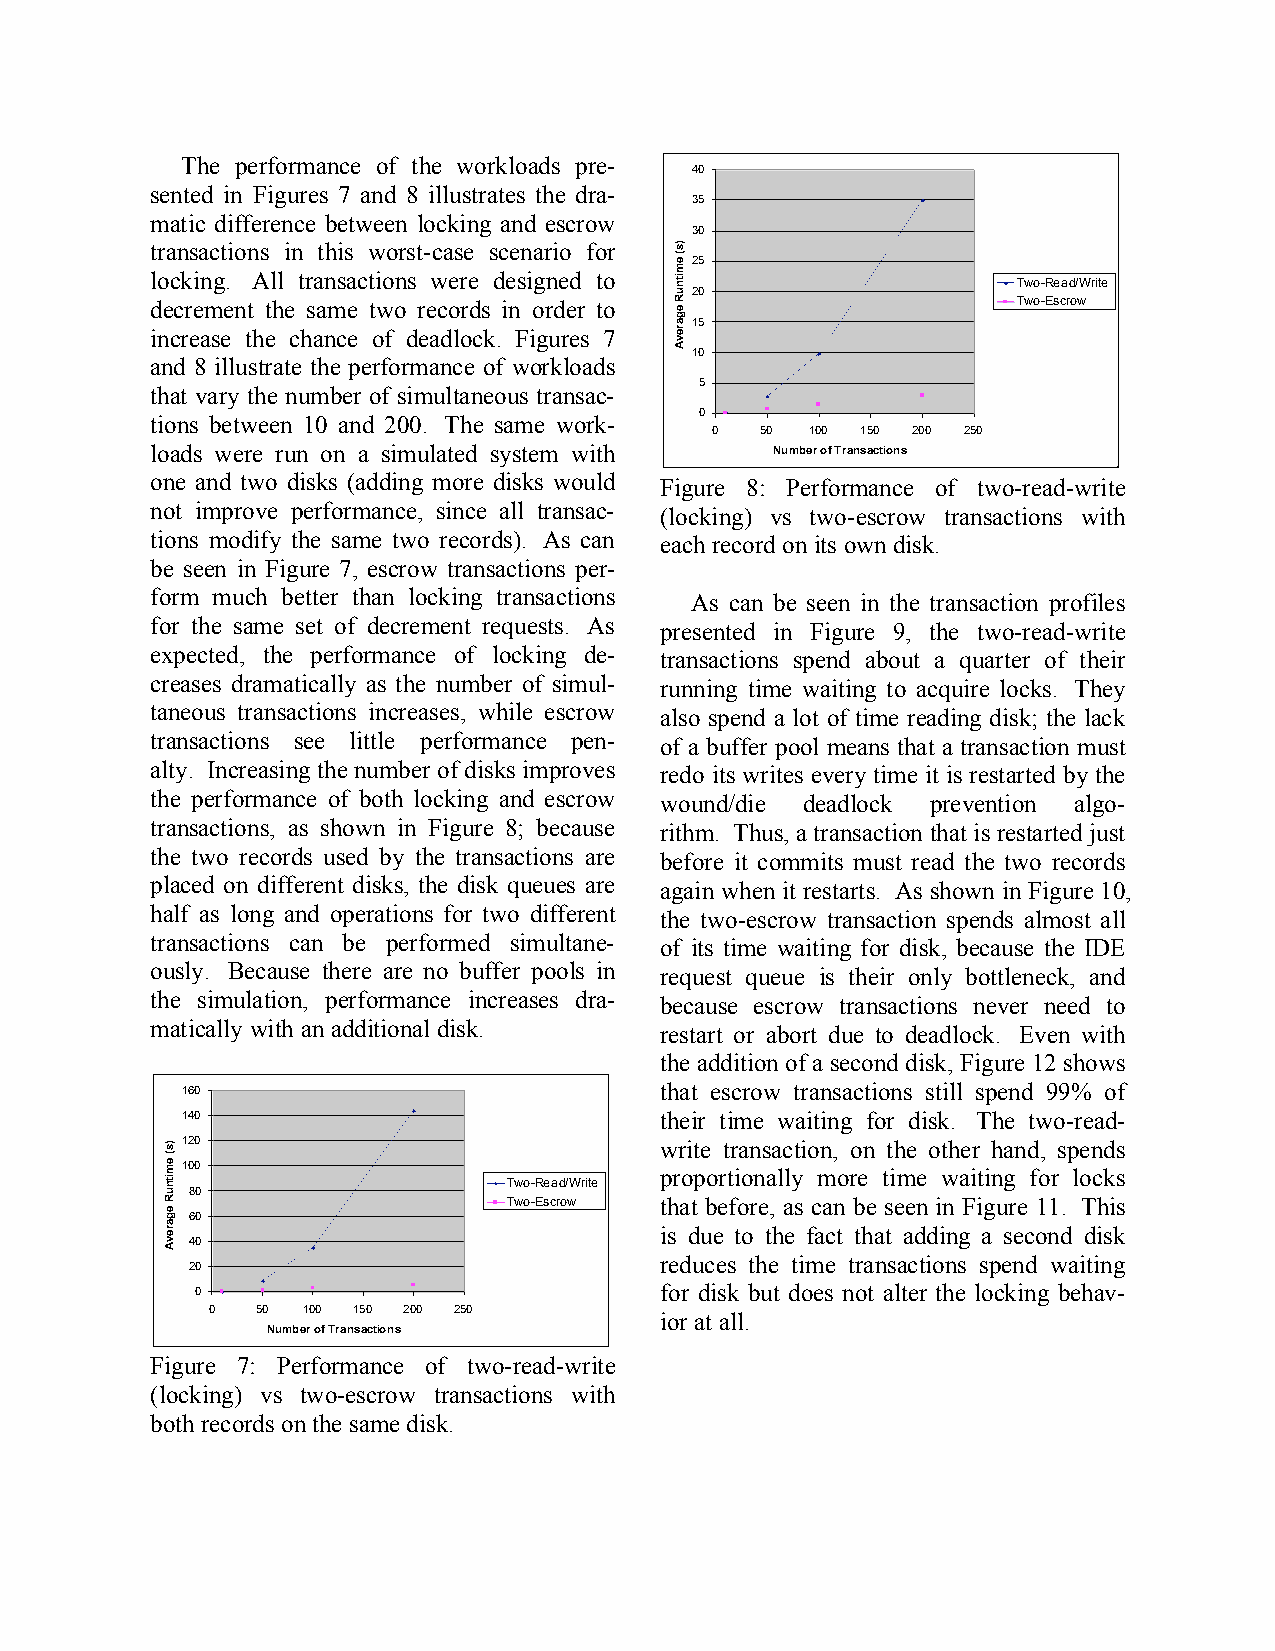
The performance of the workloads pre-
 40
 sented in Figures 7 and 8 illustrates the dra-
 35
 matic difference between locking and escrow
 30
 transactions in this worst-case scenario for
 25
 locking. All transactions were designed to
 Two-Read/Write
 20
 decrement the same two records in order to               Two-Escrow
 15
 increase the chance of deadlock. Figures 7
 10
 and 8 illustrate the performance of workloads
 5
 that vary the number of simultaneous transac-
 tions between 10 and 200. The same work- 0
 0  50  100 150 200 250
 loads were run on a simulated system with Number of Transactions
 one and two disks (adding more disks would Figure 8: Performance of two-read-write
 not improve performance, since all transac- (locking) vs two-escrow transactions with
 tions modify the same two records). As can each record on its own disk.
 be seen in Figure 7, escrow transactions per-
 form much better than locking transactions As can be seen in the transaction profiles
 for the same set of decrement requests. As presented in Figure 9, the two-read-write
 expected, the performance of locking de- transactions spend about a quarter of their
 creases dramatically as the number of simul- running time waiting to acquire locks. They
 taneous transactions increases, while escrow also spend a lot of time reading disk; the lack
 transactions see little performance pen- of a buffer pool means that a transaction must
 alty. Increasing the number of disks improves redo its writes every time it is restarted by the
 the performance of both locking and escrow wound/die deadlock prevention algo-
 transactions, as shown in Figure 8; because rithm. Thus, a transaction that is restarted just
 the two records used by the transactions are before it commits must read the two records
 placed on different disks, the disk queues are again when it restarts. As shown in Figure 10,
 half as long and operations for two different the two-escrow transaction spends almost all
 transactions can be performed simultane- of its time waiting for disk, because the IDE
 ously. Because there are no buffer pools in request queue is their only bottleneck, and
 the simulation, performance increases dra- because escrow transactions never need to
 matically with an additional disk. restart or abort due to deadlock. Even with
 the addition of a second disk, Figure 12 shows
 160                             that escrow transactions still spend 99% of
 140                             their time waiting for disk. The two-read-
 120                             write transaction, on the other hand, spends
 100                             proportionally more time waiting for locks
 Two-Read/Write
 80
 Two-Escrow that before, as can be seen in Figure 11. This
 60
 is due to the fact that adding a second disk
 40
 reduces the time transactions spend waiting
 20
 0                              for disk but does not alter the locking behav-
 0  50 100 150 200 250
 ior at all.
 Number of Transactions
 Figure 7: Performance of two-read-write
 (locking) vs two-escrow transactions with
 both records on the same disk.
 )s(
 emitnuR
 egarevA
 )s(
 emitnuR
 egarevA